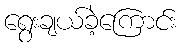
ရွေးချယ်ခဲ့ကြောင်း